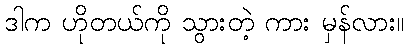
ဒါက ဟိုတယ်ကို သွားတဲ့ ကား မှန်လား။